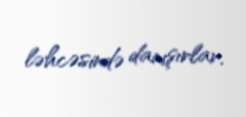
ləhcəsində danışırlar.